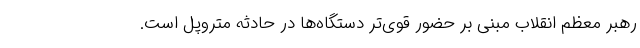
رهبر معظم انقلاب مبنی بر حضور قوی‌تر دستگاه‌ها در حادثه متروپل است.